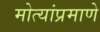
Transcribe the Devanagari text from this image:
मोत्यांप्रमाणे